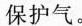
保护气。